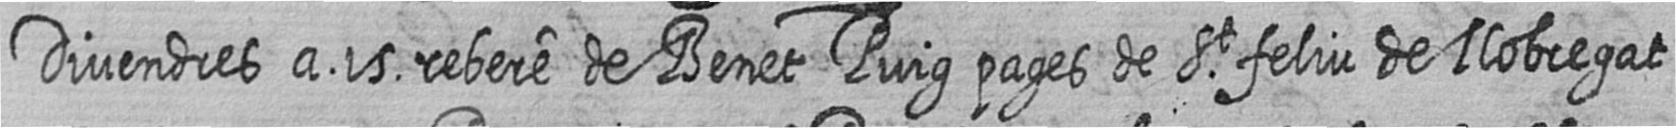
Divendres a 15 rebere de Benet Puig pages de St feliu de llobregat